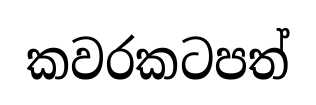
කවරකටපත්